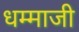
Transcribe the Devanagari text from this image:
धम्माजी